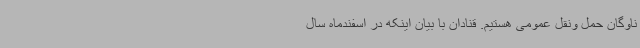
ناوگان حمل ونقل عمومی هستیم. قنادان با بیان اینکه در اسفندماه سال